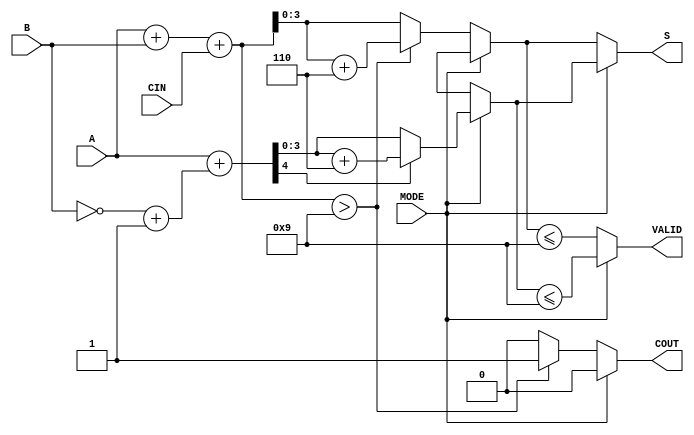
module BCD_Add_Subtracter (
    input  wire [3:0] A,      // First BCD digit
    input  wire [3:0] B,      // Second BCD digit
    input  wire MODE,         // Mode: 0 for addition, 1 for subtraction
    input  wire CIN,          // Carry-in for addition
    output reg  [3:0] S,      // Resulting BCD digit
    output reg  COUT,         // Carry-out for addition
    output reg  VALID         // Valid BCD output
);

    wire [4:0] sum;           // 5-bit sum for addition
    wire [4:0] sub;           // 5-bit sum for subtraction
    wire [4:0] B_comp;        // 2's complement of B
    wire add_carry;           // Carry from addition
    wire sub_negative;        // Negative flag for subtraction

    // Calculate 2's complement of B for subtraction
    assign B_comp = {1'b0, ~B} + 1;

    // Perform addition
    assign sum = {1'b0, A} + {1'b0, B} + CIN;

    // Perform subtraction (A + 2's complement of B)
    assign sub = {1'b0, A} + B_comp;

    // Determine if the addition result is valid BCD
    always @(*) begin
        if (MODE == 1'b0) begin // Addition
            if (sum > 9) begin
                S = sum[3:0] + 4'b0110; // Add 6 to correct
                COUT = 1'b1;            // Set carry-out
            end else begin
                S = sum[3:0];
                COUT = 1'b0;            // No carry-out
            end
            VALID = (S <= 9);         // Check if S is a valid BCD
        end else begin // Subtraction
            if (sub[4] == 1'b1) begin // Check if result is negative
                S = sub[3:0] + 4'b0110; // Add 6 to correct
                COUT = 1'b0;            // No borrow
            end else begin
                S = sub[3:0];
                COUT = 1'b0;            // No borrow
            end
            VALID = (S <= 9);         // Check if S is a valid BCD
        end
    end

endmodule